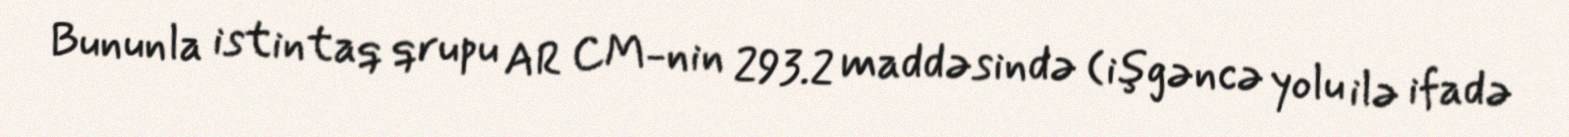
Bununla istintaq qrupu AR CM-nin 293.2 maddəsində (işgəncə yolu ilə ifadə